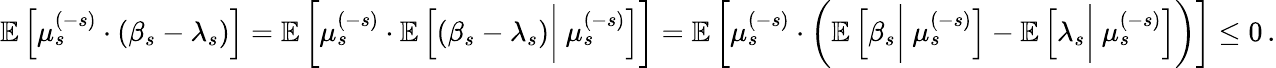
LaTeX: \begin{array}{r}{\mathbb{E}\left[\mu_{s}^{(-s)}\cdot(\beta_{s}-\lambda_{s})\right]=\mathbb{E}\left[\mu_{s}^{(-s)}\cdot\mathbb{E}\left[(\beta_{s}-\lambda_{s})\biggr|\ \mu_{s}^{(-s)}\right]\right]=\mathbb{E}\left[\mu_{s}^{(-s)}\cdot\left(\mathbb{E}\left[\beta_{s}\biggr|\ \mu_{s}^{(-s)}\right]-\mathbb{E}\left[\lambda_{s}\biggr|\ \mu_{s}^{(-s)}\right]\right)\right]\leq 0\, .}\end{array}